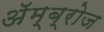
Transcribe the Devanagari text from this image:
अॅम्ब्रोज